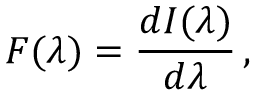
F ( \lambda ) = \frac { d { \cal I } ( \lambda ) } { d \lambda } \, ,